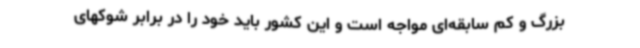
بزرگ و کم سابقه‌ای مواجه است و این کشور باید خود را در برابر شوکهای